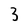
Character: 3